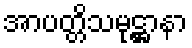
အာပတ္တိသမုဋ္ဌာနာ